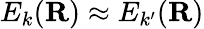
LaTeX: E_{k}(\mathbf{R})\approx E_{k^{\prime}}(\mathbf{R})